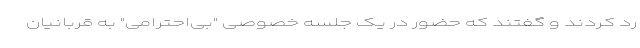
رد کردند و گفتند که حضور در یک جلسه خصوصی "بی‌احترامی" به قربانیان